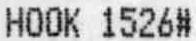
HOOK 1526#